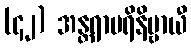
(၄၂) အန္တရာပရိနိဗ္ဗာယီ